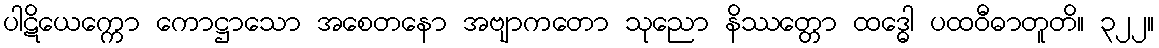
ပါဋိယေက္ကော ကောဋ္ဌာသော အစေတနော အဗျာကတော သုညော နိဿတ္တော ထဒ္ဓေါ ပထဝီဓာတူတိ။ ၃၂၂။